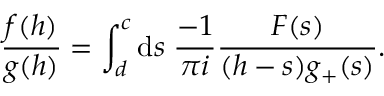
\frac { f ( h ) } { g ( h ) } = \int _ { d } ^ { c } \mathrm { d } s \; \frac { - 1 } { \pi i } \frac { { \cal F } ( s ) } { ( h - s ) g _ { + } ( s ) } .